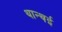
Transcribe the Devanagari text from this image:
थान्थई